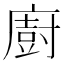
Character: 廚